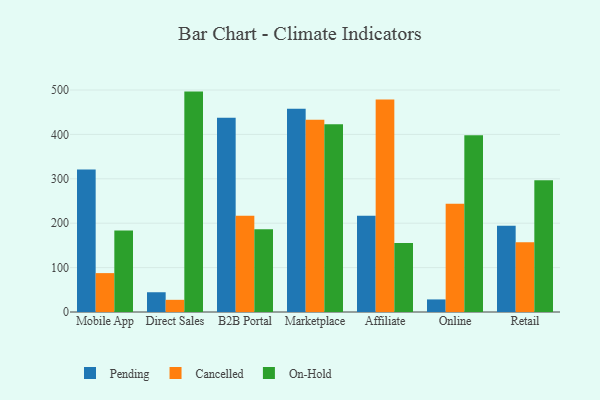
{"axis": {"x": "Channel", "y": "Demand Index"}, "legend": ["Cancelled", "On-Hold", "Pending"], "data": [{"x": "Mobile App", "y": 320.9, "type": "Pending"}, {"x": "Mobile App", "y": 87.6, "type": "Cancelled"}, {"x": "Mobile App", "y": 183.3, "type": "On-Hold"}, {"x": "Direct Sales", "y": 44.5, "type": "Pending"}, {"x": "Direct Sales", "y": 27.4, "type": "Cancelled"}, {"x": "Direct Sales", "y": 496.4, "type": "On-Hold"}, {"x": "B2B Portal", "y": 437.3, "type": "Pending"}, {"x": "B2B Portal", "y": 216.5, "type": "Cancelled"}, {"x": "B2B Portal", "y": 186.2, "type": "On-Hold"}, {"x": "Marketplace", "y": 457.8, "type": "Pending"}, {"x": "Marketplace", "y": 433.1, "type": "Cancelled"}, {"x": "Marketplace", "y": 422.7, "type": "On-Hold"}, {"x": "Affiliate", "y": 216.6, "type": "Pending"}, {"x": "Affiliate", "y": 478.4, "type": "Cancelled"}, {"x": "Affiliate", "y": 155.4, "type": "On-Hold"}, {"x": "Online", "y": 28.3, "type": "Pending"}, {"x": "Online", "y": 243.8, "type": "Cancelled"}, {"x": "Online", "y": 398.3, "type": "On-Hold"}, {"x": "Retail", "y": 194.1, "type": "Pending"}, {"x": "Retail", "y": 157.1, "type": "Cancelled"}, {"x": "Retail", "y": 297.0, "type": "On-Hold"}]}